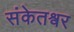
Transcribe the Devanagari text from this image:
संकेतश्वर